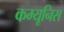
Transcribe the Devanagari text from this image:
कम्यूनिस